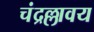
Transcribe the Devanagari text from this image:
चंद्रल्लावय